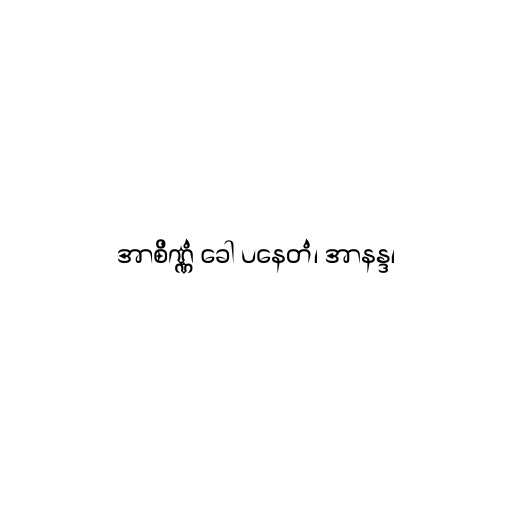
အာစိဏ္ဏံ ခေါ ပနေတံ၊ အာနန္ဒ၊